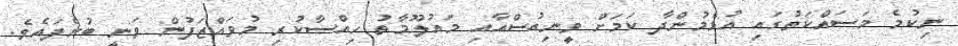
ނިކުމެ މަސައްކަތުގައި އުޅެމުންދާ ކަމަށް ވީނިއުސްއާއި މައުލޫމާތު ހިއްސާކުރި މުވައްޒަފުން ވަނީ ބުނެފައެވެ.